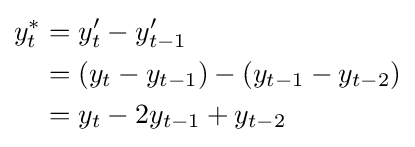
{\begin{aligned}y_{t}^{*}&=y_{t}'-y_{t-1}'\\&=(y_{t}-y_{t-1})-(y_{t-1}-y_{t-2})\\&=y_{t}-2y_{t-1}+y_{t-2}\end{aligned}}